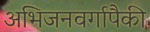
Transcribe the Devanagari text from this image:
अभिजनवर्गापैकी